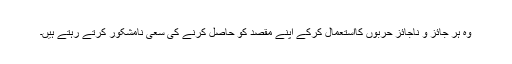
وہ ہر جائز و ناجائز حربوں کااستعمال کرکے اپنے مقصد کو حاصل کرنے کی سعیِ نامشکور کرتے رہتے ہیں۔